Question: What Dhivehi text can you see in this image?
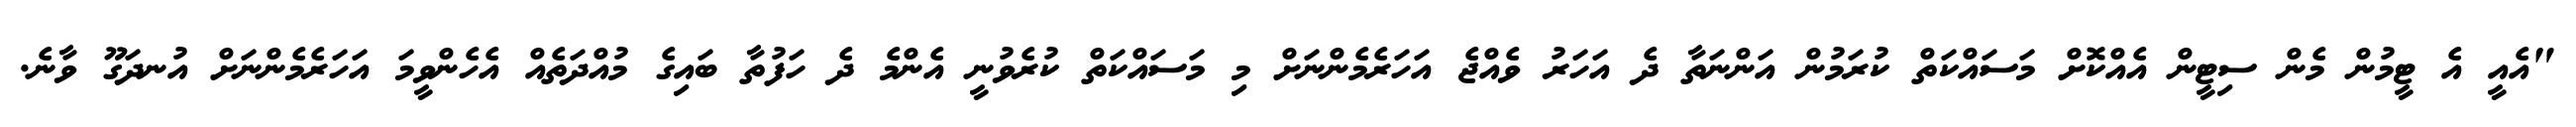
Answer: "އެއީ އެ ޓީމުން މެން ސިޓީން އެއްކޮށް މަސައްކަތް ކުރަމުން އަންނަތާ ދެ އަހަރު ވެއްޖެ އަހަރެމެންނަށް މި މަސައްކަތް ކުރެވުނީ އެންމެ ދެ ހަފުތާ ބައިގެ މުއްދަތެއް އެހެންވީމަ އަހަރެމެންނަށް އުނދަގޫ ވާނެ.